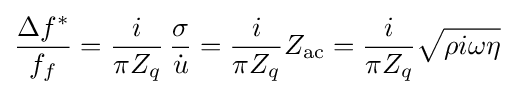
{\frac {\Delta f^{*}}{f_{f}}}={\frac {i}{\pi Z_{q}}}\,{\frac {\sigma }{\dot {u}}}={\frac {i}{\pi Z_{q}}}Z_{\mathrm {ac} }={\frac {i}{\pi Z_{q}}}{\sqrt {\rho i\omega \eta }}